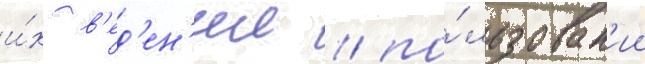
и́х в'ед'ен'ии / по́льзован'ии